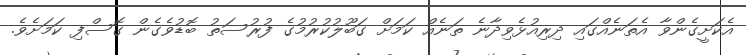
އެކަށީގެންވާ އެތަނެއްގައި ދިރިއުޅެވިދާނެ ތަނެއް ކަމަށް ގަބޫލުކުރުމުގެ ފުރުސަތު ބޮޑުވެގެން ގޮސްފި ކަމަށެވެ.